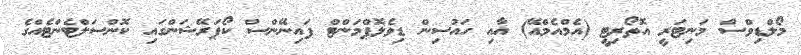
މޯލްޑިވްސް މަނިޓަރީ އޮތޯރިޓީ (އެމްއެމްއޭ) އާއި ހައުސިން ޑިވެލޮޕްމަންޓް ފައިނޭންސް ކޯޕަރޭޝަންގައި ކޮންސަލްޓެންޓެއްގެ